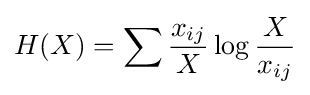
H(X)=\sum {\frac {x_{ij}}{X}}\log {\frac {X}{x_{ij}}}